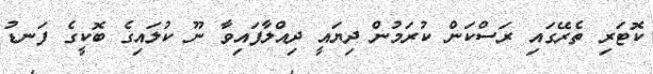
ކޮޓަރި ތެރޭގައި ރަސްކަން ކުރަމުން ދިޔައީ ދިއްލާފައިވާ ނޫ ކުލައިގެ ބޮކީގެ ފަނޑު